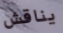
يناقش